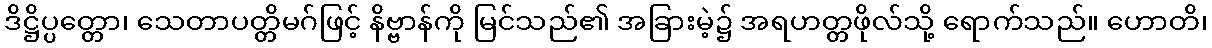
ဒိဋ္ဌိပ္ပတ္တော၊ သေတာပတ္တိမဂ်ဖြင့် နိဗ္ဗာန်ကို မြင်သည်၏ အခြားမဲ့၌ အရဟတ္တဖိုလ်သို့ ရောက်သည်။ ဟောတိ၊